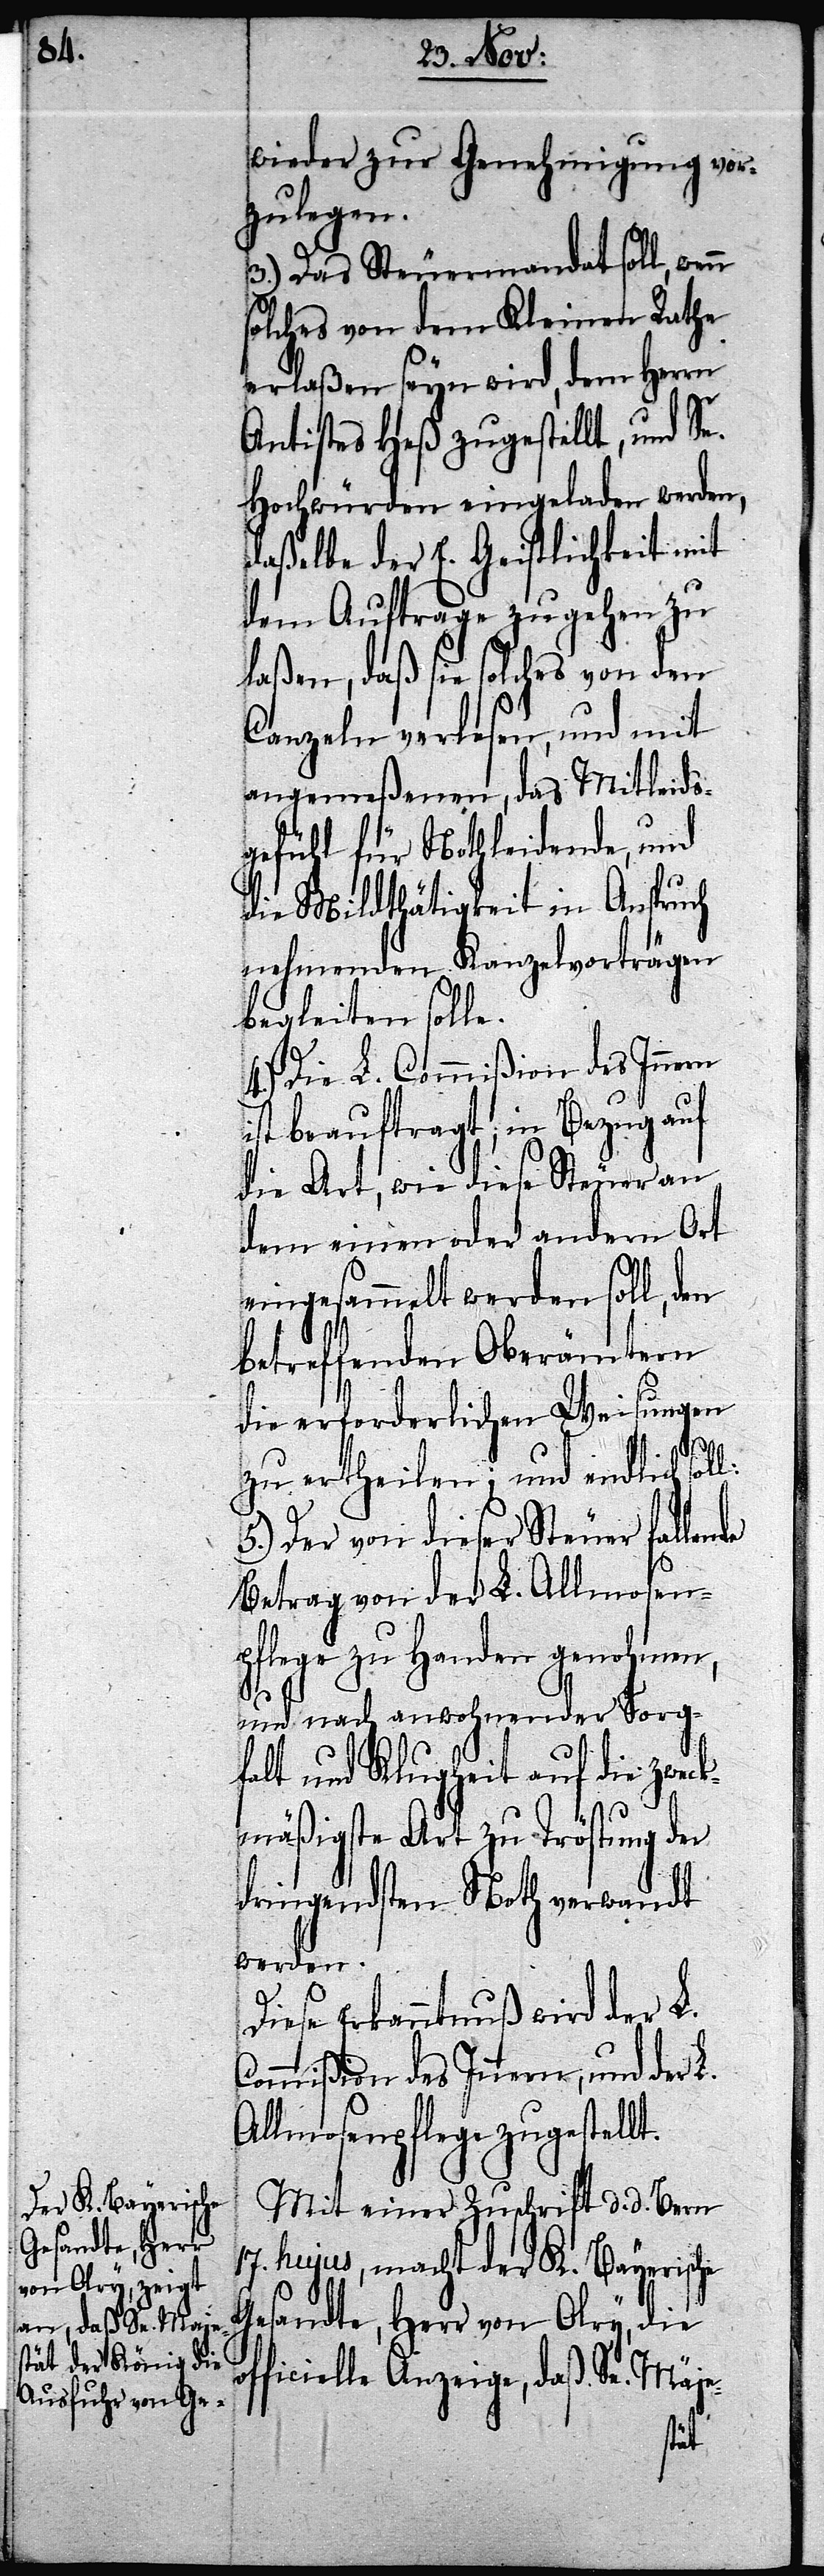
of¬

wieder zur Genehmigung vor¬
zulegen.
3.) Das Steuermandat soll, wen¬
olches von dem Kleinen Rathe
erlaßen seyn wird, dem Herrn
Antistes Heß zugestellt, und Se.
Hochwürden eingeladen werden,
daßelbe der E. Geistlichkeit mit
dem Auftrage zugehen zu
laßen, daß sie solches von den
Canzeln verlesen, und mit
angemeßenen, das Mitleids¬
gefühl für Nothleidende, und
die Mildthätigkeit in Anspruch
nehmenden Kanzelvorträgen
begleiten solle.
4.) Die L. Commißion des Innern
ist beauftragt, in Bezug auf
die Art, wie diese Steuer an
dem einen oder andern Ort
eingesammelt werden soll, den
betreffenden Oberämtern
die erforderlichen Weisungen
zu ertheilen; und endlich
5.) Der von dieser Steuer fallende
Betrag von der L. Allmosen¬
pflege zu Handen genohmen,
und nach anwohnender Sorg¬
falt und Klugheit auf die Zweck¬
mäßigste Art zu Tröstung der
dringendsten Noth verwandt
werden.
Diese Erkanntnuß wird der L.
Commißion des Innern, und der L.
Allmosenpflege zugestellt.
Mit einer Zuschrift d. d. Bern
17. hujus, macht der K. Bayerische
Gesandte, Herr von Olry, die
ficielle Anzeige, daß Se. Maje-